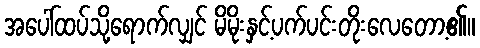
အပေါ်ထပ်သို့ရောက်လျှင် မိမိုးနှင့်ပက်ပင်းတိုးလေတော့၏။